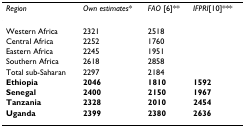
<table><thead><tr><td><b><i>Region</i></b></td><td><b><i>Own estimates</i>*</b></td><td><b><i>FAO </i>[6]**</b></td><td><b><i>IFPRI</i>[10]***</b></td></tr></thead><tbody><tr><td>Western Africa</td><td>2321</td><td>2518</td><td></td></tr><tr><td>Central Africa</td><td>2252</td><td>1760</td><td></td></tr><tr><td>Eastern Africa</td><td>2245</td><td>1951</td><td></td></tr><tr><td>Southern Africa</td><td>2618</td><td>2858</td><td></td></tr><tr><td>Total sub-Saharan</td><td>2297</td><td>2184</td><td></td></tr><tr><td><b>Ethiopia</b></td><td><b>2046</b></td><td><b>1810</b></td><td><b>1592</b></td></tr><tr><td><b>Senegal</b></td><td><b>2400</b></td><td><b>2150</b></td><td><b>1967</b></td></tr><tr><td><b>Tanzania</b></td><td><b>2328</b></td><td><b>2010</b></td><td><b>2454</b></td></tr><tr><td><b>Uganda</b></td><td><b>2399</b></td><td><b>2380</b></td><td><b>2636</b></td></tr></tbody></table>